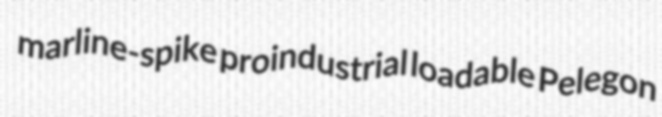
marline-spike proindustrial loadable Pelegon